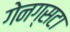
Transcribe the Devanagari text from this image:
गेनग्सटा